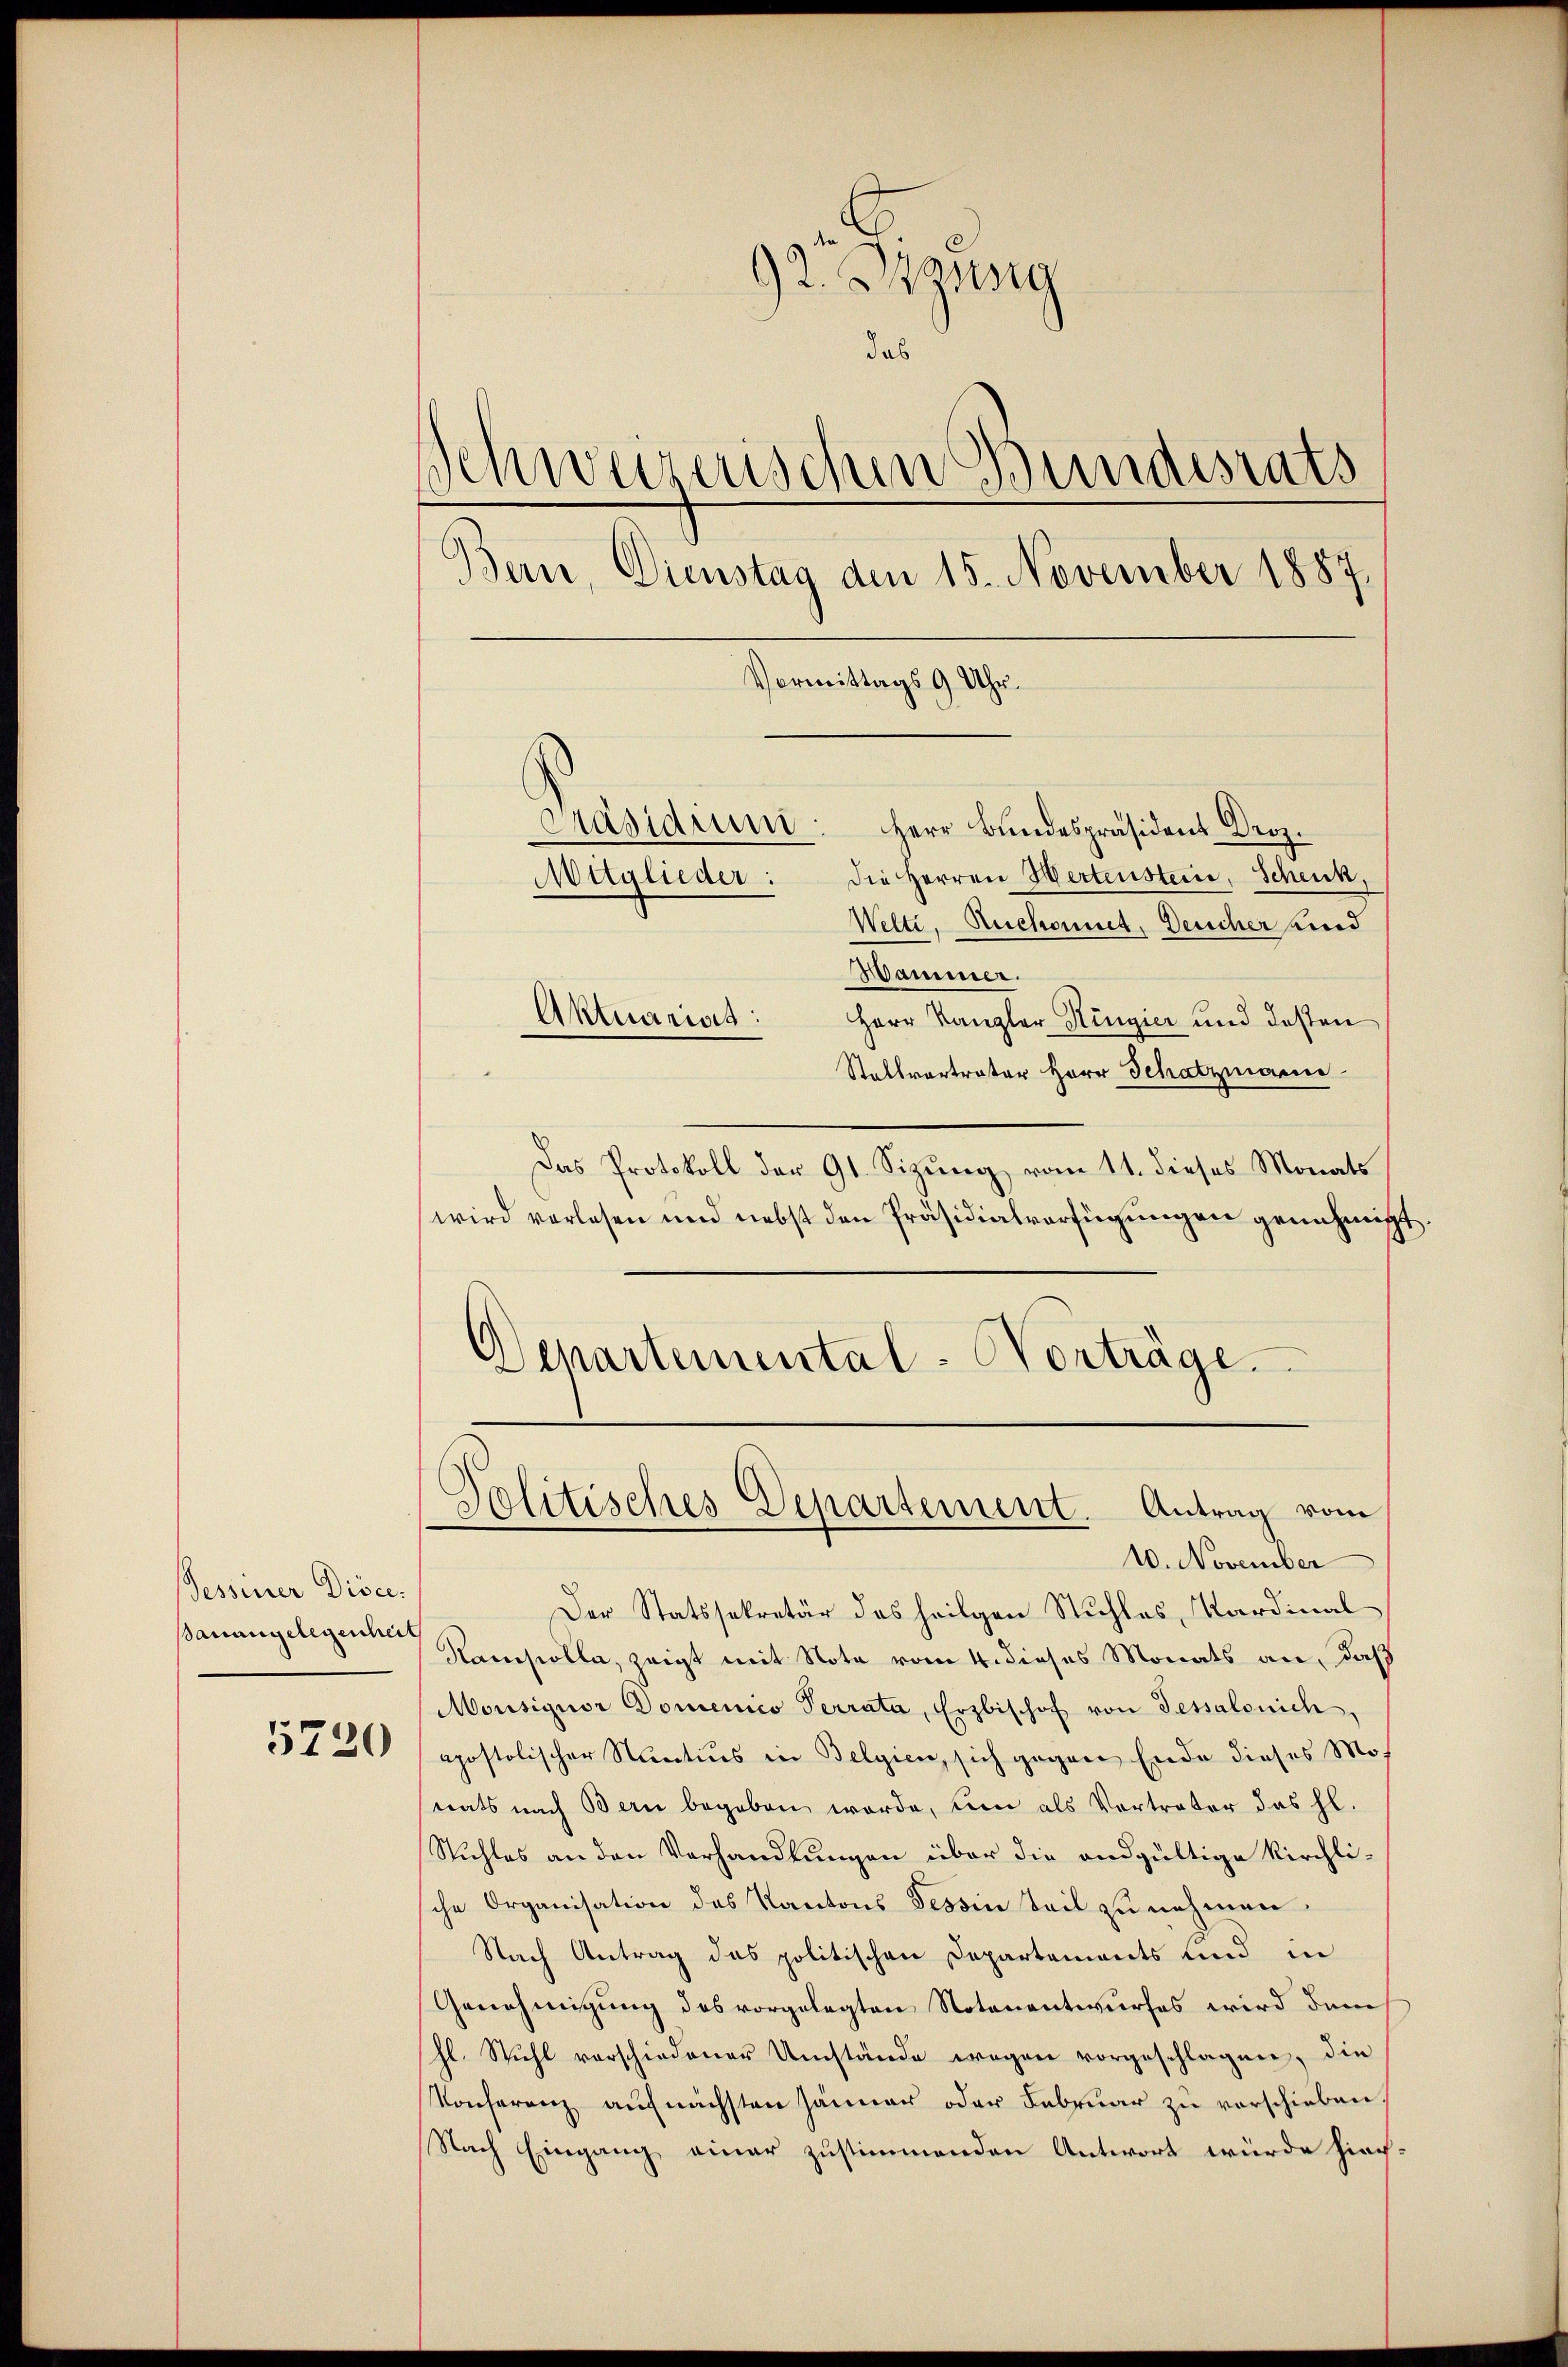
Fessener Disce
Banangelegenheit

5720

92. Massg
das
Schweizerischen Bundesrats
Bern, Dienstag den 15. November 1887
Vormittags 9 Uhr.
Präsidium: Herr Bŭndespräsident Droz.
Die Herren Hertenstein, Schenk,
Mitglieder:
Welti, Ruchornet, Deucher Kind

Hammer.
Aktuariat:
Herr Kanzler Hingier und desten
Stallvertrater Herr Schatzmann
Das Protokoll der 91. Sizung vom 11. dieses Monats
wird vorlesen und nebst den Präsidialverfügungen genehmigt

Politisches Departement. Antrag vom
10. November

Departemental-Vorträge.

Der Statssekretär des heilgen Stuhles, Kardinal
Ramisolle, zeigt mit Note vom 4. dieses Monats an, daß
Monsiquor Domenico Terrata, Erzbischof von Tessalonich
apostolischer Stantius in Belgien, sich gegen Ende dieses Monats nach Bern begeben werde, um als Vertreter das hl.
Stuhles an den Verhandlungen über die andgültige Kirchli-
che Organisation des Kantons Tessin Teil zu nehmen
Nach Antrag das politischen Departements und in
Genehmigung des vorgelegten Notenantwurfes wird dem
hl. Stuhl vorschiedener Umstände wegen vorgeschlagen, die
Konferenz aufnächsten Jänner oder Februar zu verschieben,
Nach Eingang einer zustimmenden Antwort würde hier¬